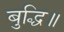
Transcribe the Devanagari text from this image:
बुद्धि॥